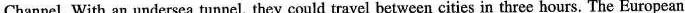
Channel. With an undersea tunnel, they could travel between cities in three hours. The European